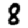
Digit: 8